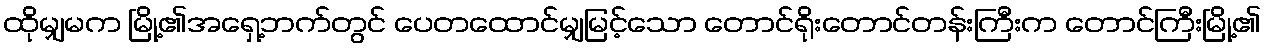
ထိုမျှမက မြို့၏အရှေ့ဘက်တွင် ပေတထောင်မျှမြင့်သော တောင်ရိုးတောင်တန်းကြီးက တောင်ကြီးမြို့၏